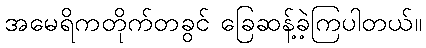
အမေရိကတိုက်တခွင် ခြေဆန့်ခဲ့ကြပါတယ်။